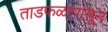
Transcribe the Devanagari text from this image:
ताडफळापासून